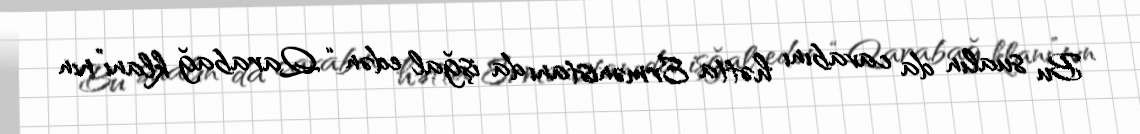
Bu sualın da cavabını hətta Ermənistanı da işğal edən “Qarabağ klanı”nın